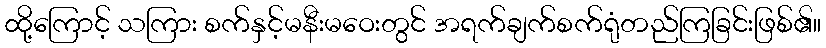
ထို့ကြောင့် သကြား စက်နှင့်မနီးမဝေးတွင် အရက်ချက်စက်ရုံတည်ကြခြင်းဖြစ်၏။